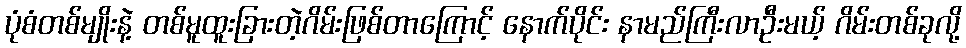
ပုံစံတစ်မျိုးနဲ့ တစ်မူထူးခြားတဲ့ဂိမ်းဖြစ်တာကြောင့် နောက်ပိုင်း နာမည်ကြီးလာဦးမယ့် ဂိမ်းတစ်ခုလို့